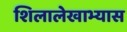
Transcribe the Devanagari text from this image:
शिलालेखाभ्यास